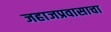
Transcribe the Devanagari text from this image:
जहाजप्रवासाचा